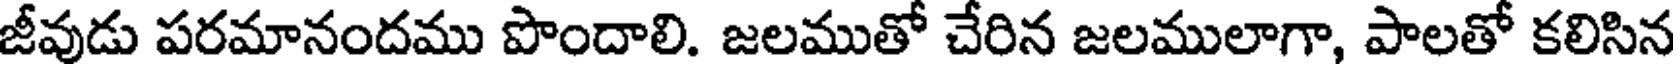
జీవుడు పరమానందము పొందాలి. జలముతో చేరిన జలములాగా, పాలతో కలిసిన